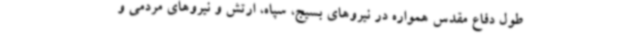
طول دفاع مقدس همواره در نیروهای بسیج، سپاه، ارتش و نیروهای مردمی و